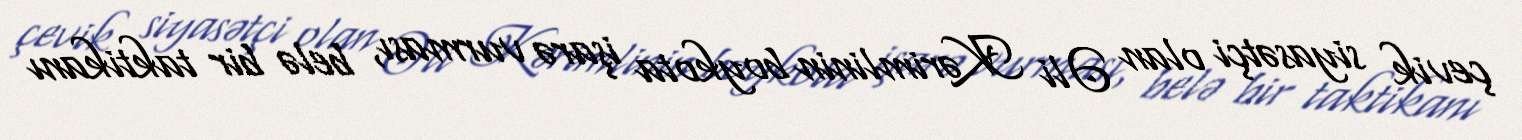
çevik siyasətçi olan Əli Kərimlinin boykota işarə vurması, belə bir taktikanı